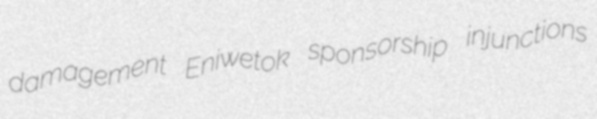
damagement Eniwetok sponsorship injunctions